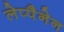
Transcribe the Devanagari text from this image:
लेप्पैनेन